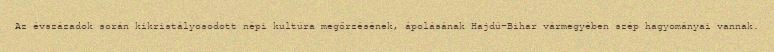
Az évszázadok során kikristályosodott népi kultúra megőrzésének, ápolásának Hajdú-Bihar vármegyében szép hagyományai vannak.